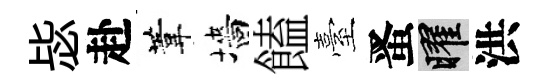
毖赴葦墻饁臺󱉠曜洪